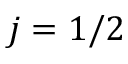
j = 1 / 2